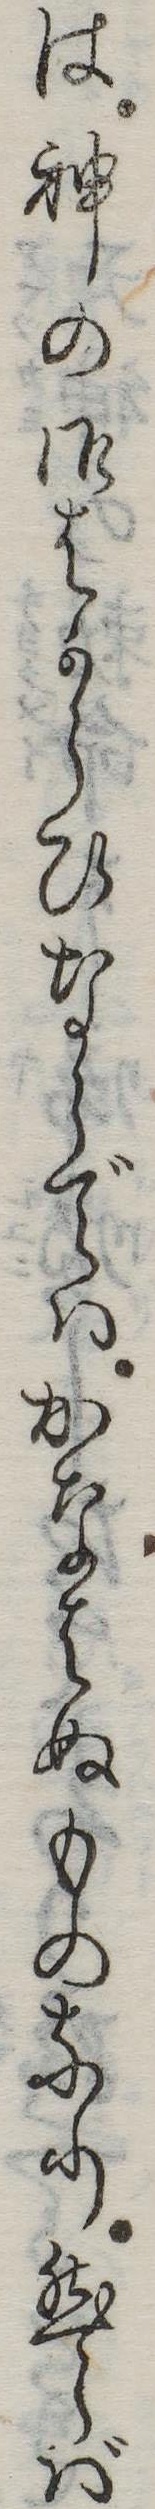
は神の御はからひならではかなはぬものなり然らば